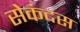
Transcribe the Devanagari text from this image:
सेकंदस